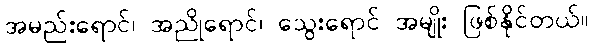
အမည်းရောင်၊ အညိုရောင်၊ သွေးရောင် အမျိုး ဖြစ်နိုင်တယ်။